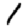
Digit: 1